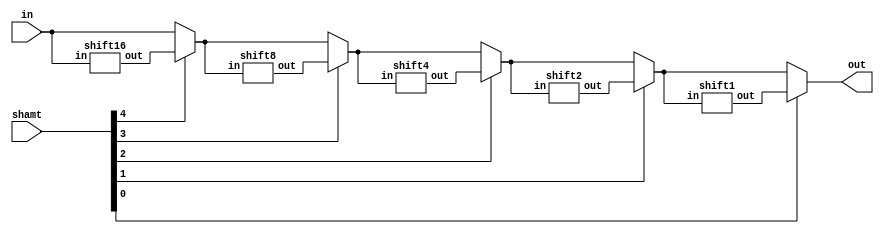
module sll(out, in, shamt);
    input [31:0] in;
    input [4:0] shamt;
    output [31:0] out;

    wire [31:0] p16, p8, p4, p2, p1; //wires coming out of shifters
    wire [31:0] m16, m8, m4, m2; //wires coming out of muxes

    shift16 shift16(.out(p16), .in(in));
    assign m16 = shamt[4] ? p16 : in;

    shift8 shift8(.out(p8), .in(m16));
    assign m8 = shamt[3] ? p8 : m16;

    shift4 shift4(.out(p4), .in(m8));
    assign m4 = shamt[2] ? p4 : m8;

    shift2 shift2(.out(p2), .in(m4));
    assign m2 = shamt[1] ? p2 : m4;

    shift1 shift1(.out(p1), .in(m2));
    assign out = shamt[0] ? p1 : m2;

endmodule



module shift1(out, in);
    input [31:0] in;
    output [31:0] out;

    assign out[0] = 0;
    assign out[1] = in[0];
    assign out[2] = in[1];
    assign out[3] = in[2];

    assign out[4] = in[3];
    assign out[5] = in[4];
    assign out[6] = in[5];
    assign out[7] = in[6];

    assign out[8] = in[7];
    assign out[9] = in[8];
    assign out[10] = in[9];
    assign out[11] = in[10];

    assign out[12] = in[11];
    assign out[13] = in[12];
    assign out[14] = in[13];
    assign out[15] = in[14];

    assign out[16] = in[15];
    assign out[17] = in[16];
    assign out[18] = in[17];
    assign out[19] = in[18];

    assign out[20] = in[19];
    assign out[21] = in[20];
    assign out[22] = in[21];
    assign out[23] = in[22];

    assign out[24] = in[23];
    assign out[25] = in[24];
    assign out[26] = in[25];
    assign out[27] = in[26];

    assign out[28] = in[27];
    assign out[29] = in[28];
    assign out[30] = in[29];
    assign out[31] = in[30];
endmodule

module shift2(out, in);
    input [31:0] in;
    output [31:0] out;

    assign out[0] = 0;
    assign out[1] = 0;
    assign out[2] = in[0];
    assign out[3] = in[1];

    assign out[4] = in[2];
    assign out[5] = in[3];
    assign out[6] = in[4];
    assign out[7] = in[5];

    assign out[8] = in[6];
    assign out[9] = in[7];
    assign out[10] = in[8];
    assign out[11] = in[9];

    assign out[12] = in[10];
    assign out[13] = in[11];
    assign out[14] = in[12];
    assign out[15] = in[13];

    assign out[16] = in[14];
    assign out[17] = in[15];
    assign out[18] = in[16];
    assign out[19] = in[17];

    assign out[20] = in[18];
    assign out[21] = in[19];
    assign out[22] = in[20];
    assign out[23] = in[21];

    assign out[24] = in[22];
    assign out[25] = in[23];
    assign out[26] = in[24];
    assign out[27] = in[25];

    assign out[28] = in[26];
    assign out[29] = in[27];
    assign out[30] = in[28];
    assign out[31] = in[29];
endmodule

module shift4(out, in);
    input [31:0] in;
    output [31:0] out;

    assign out[0] = 0;
    assign out[1] = 0;
    assign out[2] = 0;
    assign out[3] = 0;

    assign out[4] = in[0];
    assign out[5] = in[1];
    assign out[6] = in[2];
    assign out[7] = in[3];

    assign out[8] = in[4];
    assign out[9] = in[5];
    assign out[10] = in[6];
    assign out[11] = in[7];

    assign out[12] = in[8];
    assign out[13] = in[9];
    assign out[14] = in[10];
    assign out[15] = in[11];

    assign out[16] = in[12];
    assign out[17] = in[13];
    assign out[18] = in[14];
    assign out[19] = in[15];

    assign out[20] = in[16];
    assign out[21] = in[17];
    assign out[22] = in[18];
    assign out[23] = in[19];

    assign out[24] = in[20];
    assign out[25] = in[21];
    assign out[26] = in[22];
    assign out[27] = in[23];

    assign out[28] = in[24];
    assign out[29] = in[25];
    assign out[30] = in[26];
    assign out[31] = in[27];
endmodule

module shift8(out, in);
    input [31:0] in;
    output [31:0] out;

    assign out[0] = 0;
    assign out[1] = 0;
    assign out[2] = 0;
    assign out[3] = 0;

    assign out[4] = 0;
    assign out[5] = 0;
    assign out[6] = 0;
    assign out[7] = 0;

    assign out[8] = in[0];
    assign out[9] = in[1];
    assign out[10] = in[2];
    assign out[11] = in[3];

    assign out[12] = in[4];
    assign out[13] = in[5];
    assign out[14] = in[6];
    assign out[15] = in[7];

    assign out[16] = in[8];
    assign out[17] = in[9];
    assign out[18] = in[10];
    assign out[19] = in[11];

    assign out[20] = in[12];
    assign out[21] = in[13];
    assign out[22] = in[14];
    assign out[23] = in[15];

    assign out[24] = in[16];
    assign out[25] = in[17];
    assign out[26] = in[18];
    assign out[27] = in[19];

    assign out[28] = in[20];
    assign out[29] = in[21];
    assign out[30] = in[22];
    assign out[31] = in[23];
endmodule

module shift16(out, in);
    input [31:0] in;
    output [31:0] out;

    assign out[0] = 0;
    assign out[1] = 0;
    assign out[2] = 0;
    assign out[3] = 0;

    assign out[4] = 0;
    assign out[5] = 0;
    assign out[6] = 0;
    assign out[7] = 0;

    assign out[8] = 0;
    assign out[9] = 0;
    assign out[10] = 0;
    assign out[11] = 0;

    assign out[12] = 0;
    assign out[13] = 0;
    assign out[14] = 0;
    assign out[15] = 0;

    assign out[16] = in[0];
    assign out[17] = in[1];
    assign out[18] = in[2];
    assign out[19] = in[3];

    assign out[20] = in[4];
    assign out[21] = in[5];
    assign out[22] = in[6];
    assign out[23] = in[7];

    assign out[24] = in[8];
    assign out[25] = in[9];
    assign out[26] = in[10];
    assign out[27] = in[11];

    assign out[28] = in[12];
    assign out[29] = in[13];
    assign out[30] = in[14];
    assign out[31] = in[15];
endmodule